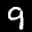
Label: 9